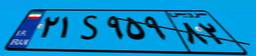
۲۱S۹۵۹۸۲